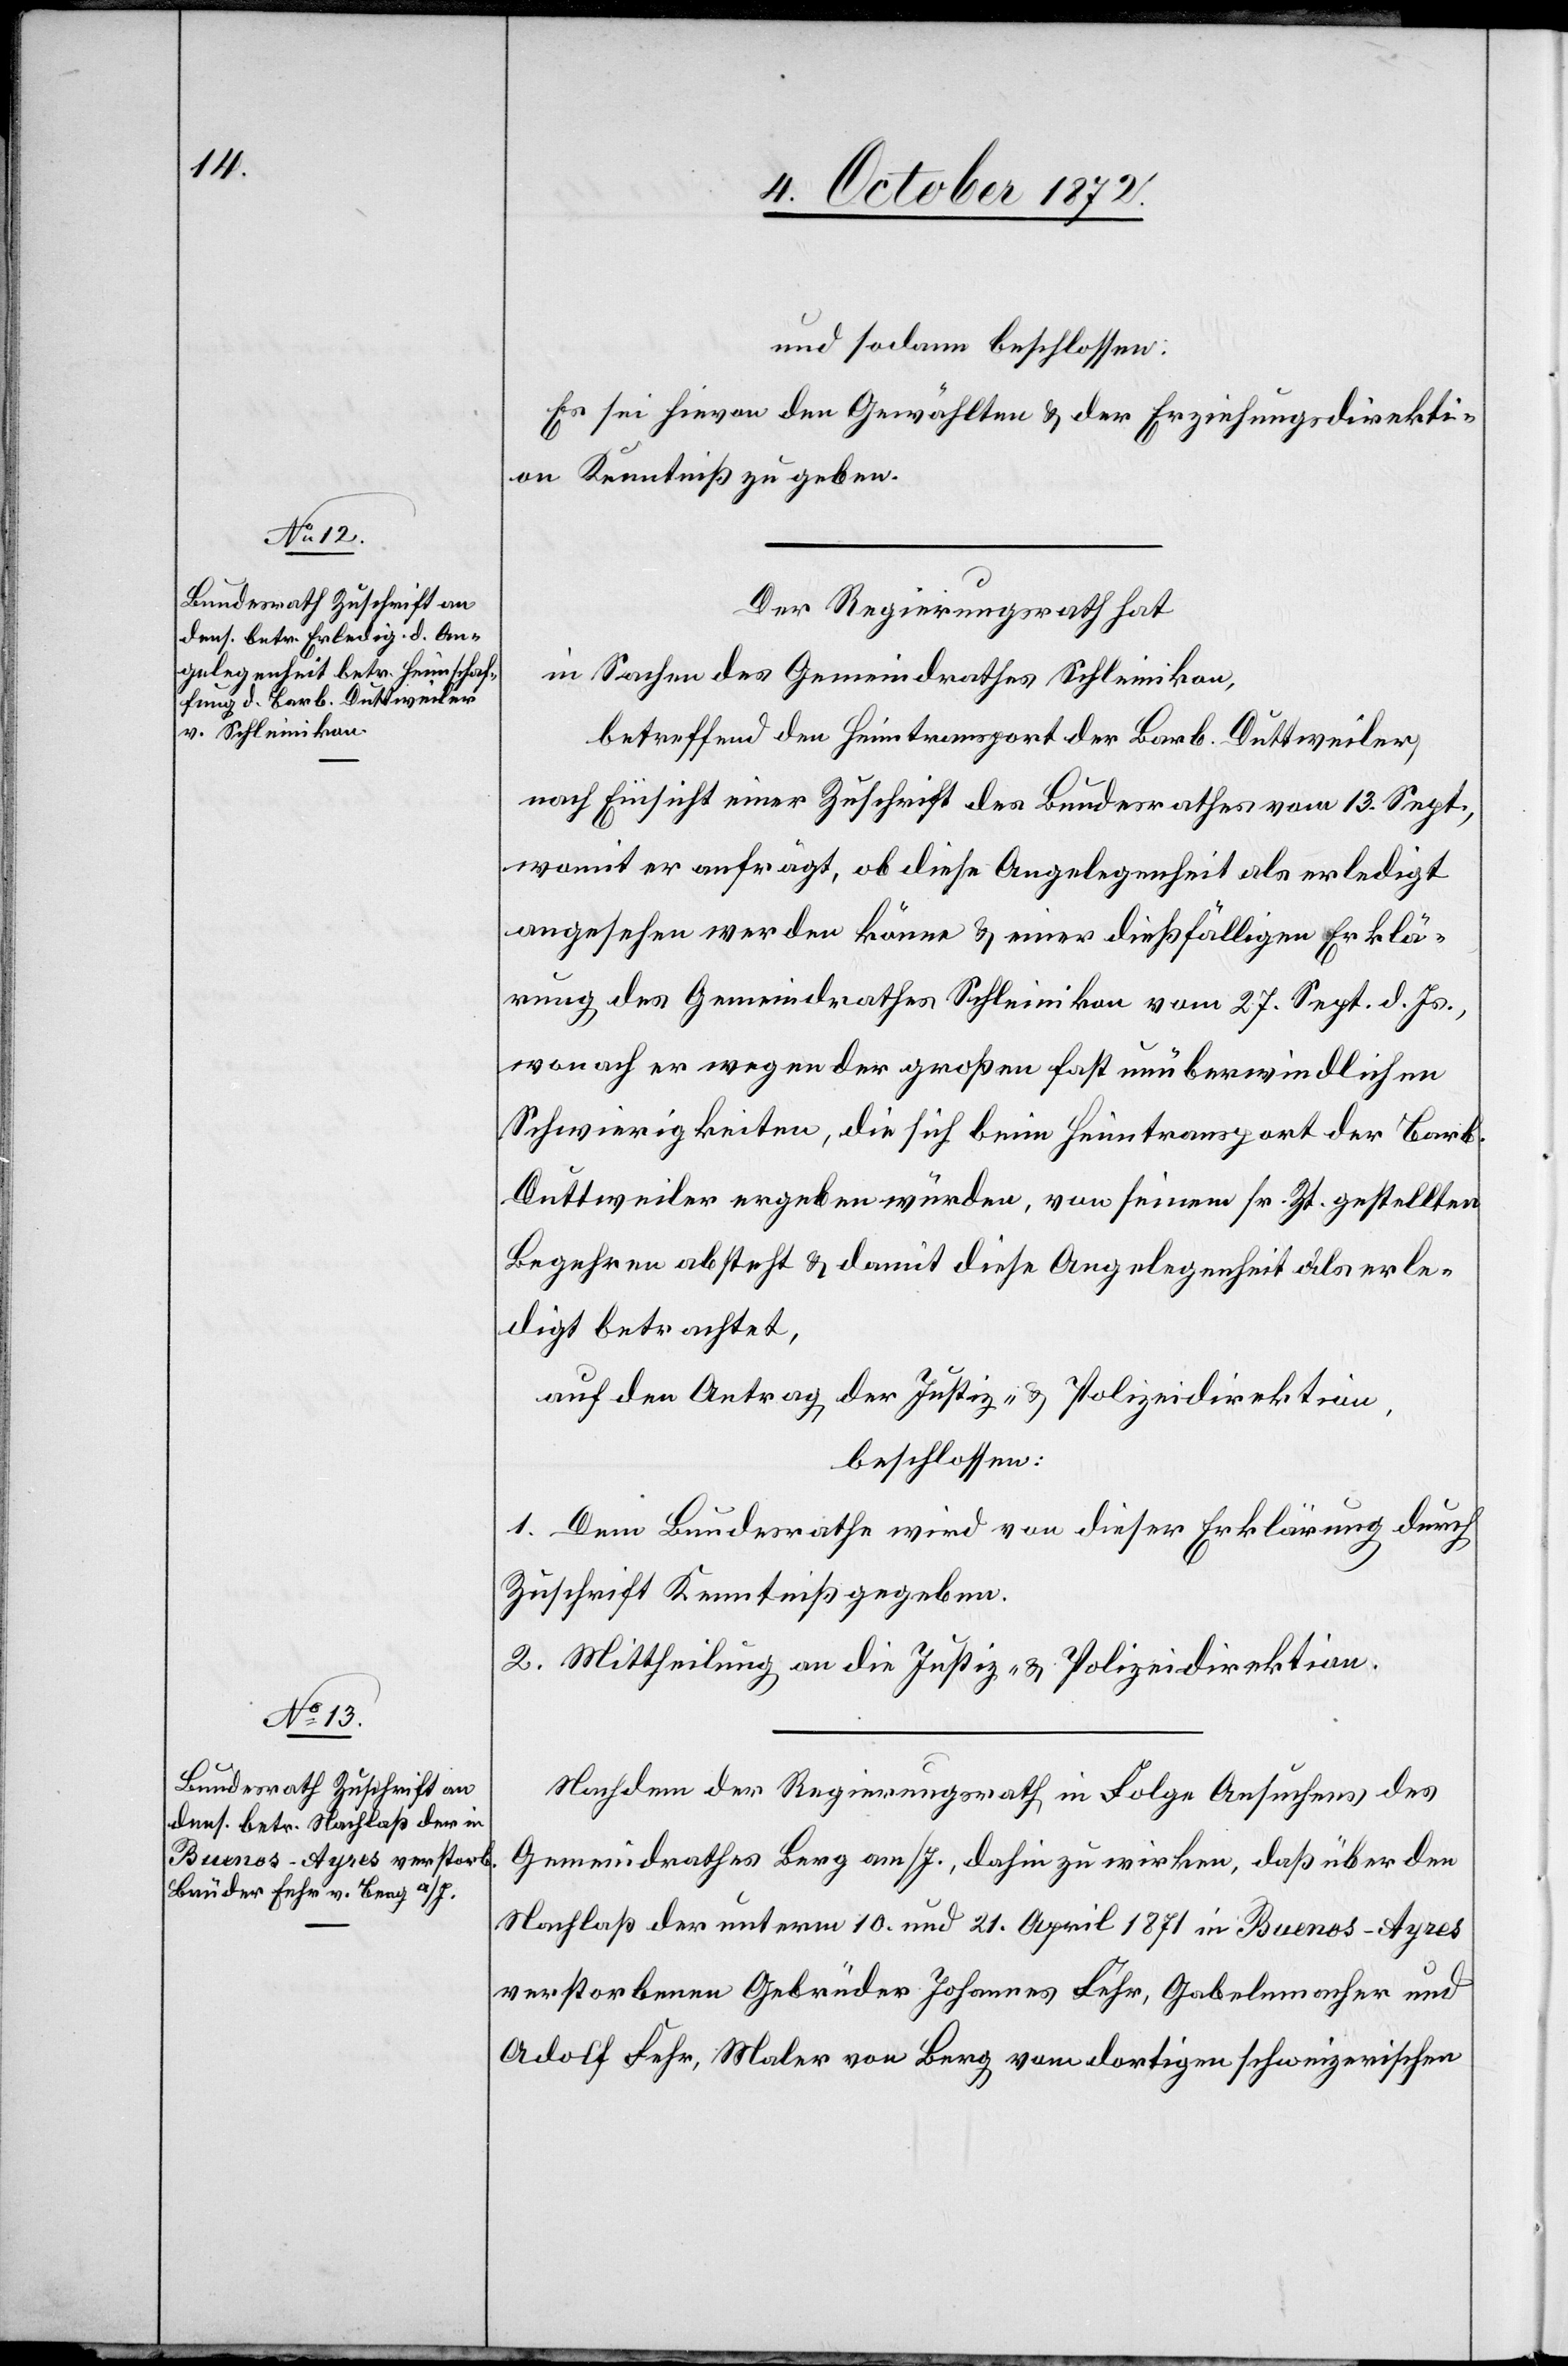
und sodann beschlossen:
Es sei hievon den Gewählten u. der Erziehungsdirekti¬
on Kenntniß zu geben.
Der Regierungsrath hat
in Sachen des Gemeindrathes Schleinikon,
betreffend den Heimtransport der Barb. Duttweiler,
nach Einsicht einer Zuschrift des Bundesrathes vom 13. Sept.,
womit er anfrägt, ob diese Angelegenheit als erledigt
angesehen werden könne u. einer dießfälligen Erklä¬
rung des Gemeindrathes Schleinikon vom 27. Sept. d. Js.,
wonach er wegen der großen fast unüberwindlichen
Schwierigkeiten, die sich beim Heimtransport der Barb.
Duttweiler ergeben würden, von seinem sr. Zt. gestellten
Begehren absteht u. damit diese Angelegenheit als erle¬
digt betrachtet,
auf den Antrag der Justiz- u. Polizeidirektion,
beschlossen:
1. Dem Bundesrathe wird von dieser Erklärung durch
Zuschrift Kenntniß gegeben.
2. Mittheilung an die Justiz- u. Polizeidirektion.
Nachdem der Regierungsrath in Folge Ansuchens des
Gemeindrathes Berg am/I., dahin zu wirken, daß über den
Nachlaß der unterm 10. und 21. April 1871 in Buenos-Ayres
verstorbenen Gebrüder Johannes Fehr, Gabelnmacher und
Adolf Fehr, Maler von Berg vom dortigen schweizerischen